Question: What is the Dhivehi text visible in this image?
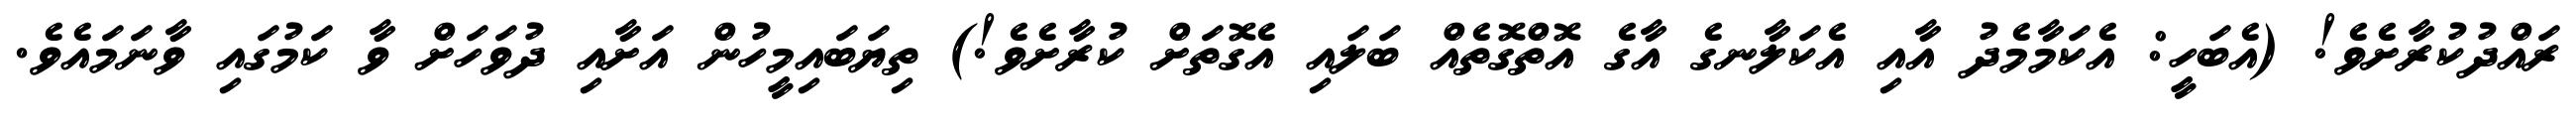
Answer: ރައްދުކުރާށެވެ! (އެބަހީ: އެކަމާމެދު އާއި އެކަލާނގެ އާގެ އޮތްގޮތެއް ބަލައި އެގޮތަށް ކުރާށެވެ!) ތިޔަބައިމީހުން އަށާއި ދުވަހަށް ވާ ކަމުގައި ވާނަމައެވެ.